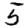
Digit: 5